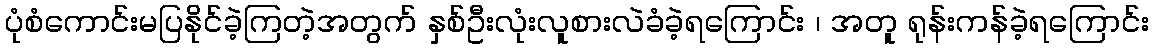
ပုံစံကောင်းမပြနိုင်ခဲ့ကြတဲ့အတွက် နှစ်ဦးလုံးလူစားလဲခံခဲ့ရကြောင်း ၊ အတူ ရုန်းကန်ခဲ့ရကြောင်း